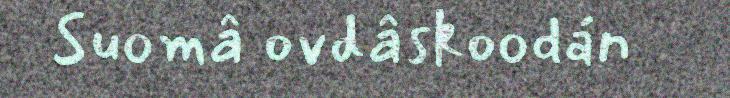
Suomâ ovdâskoodán